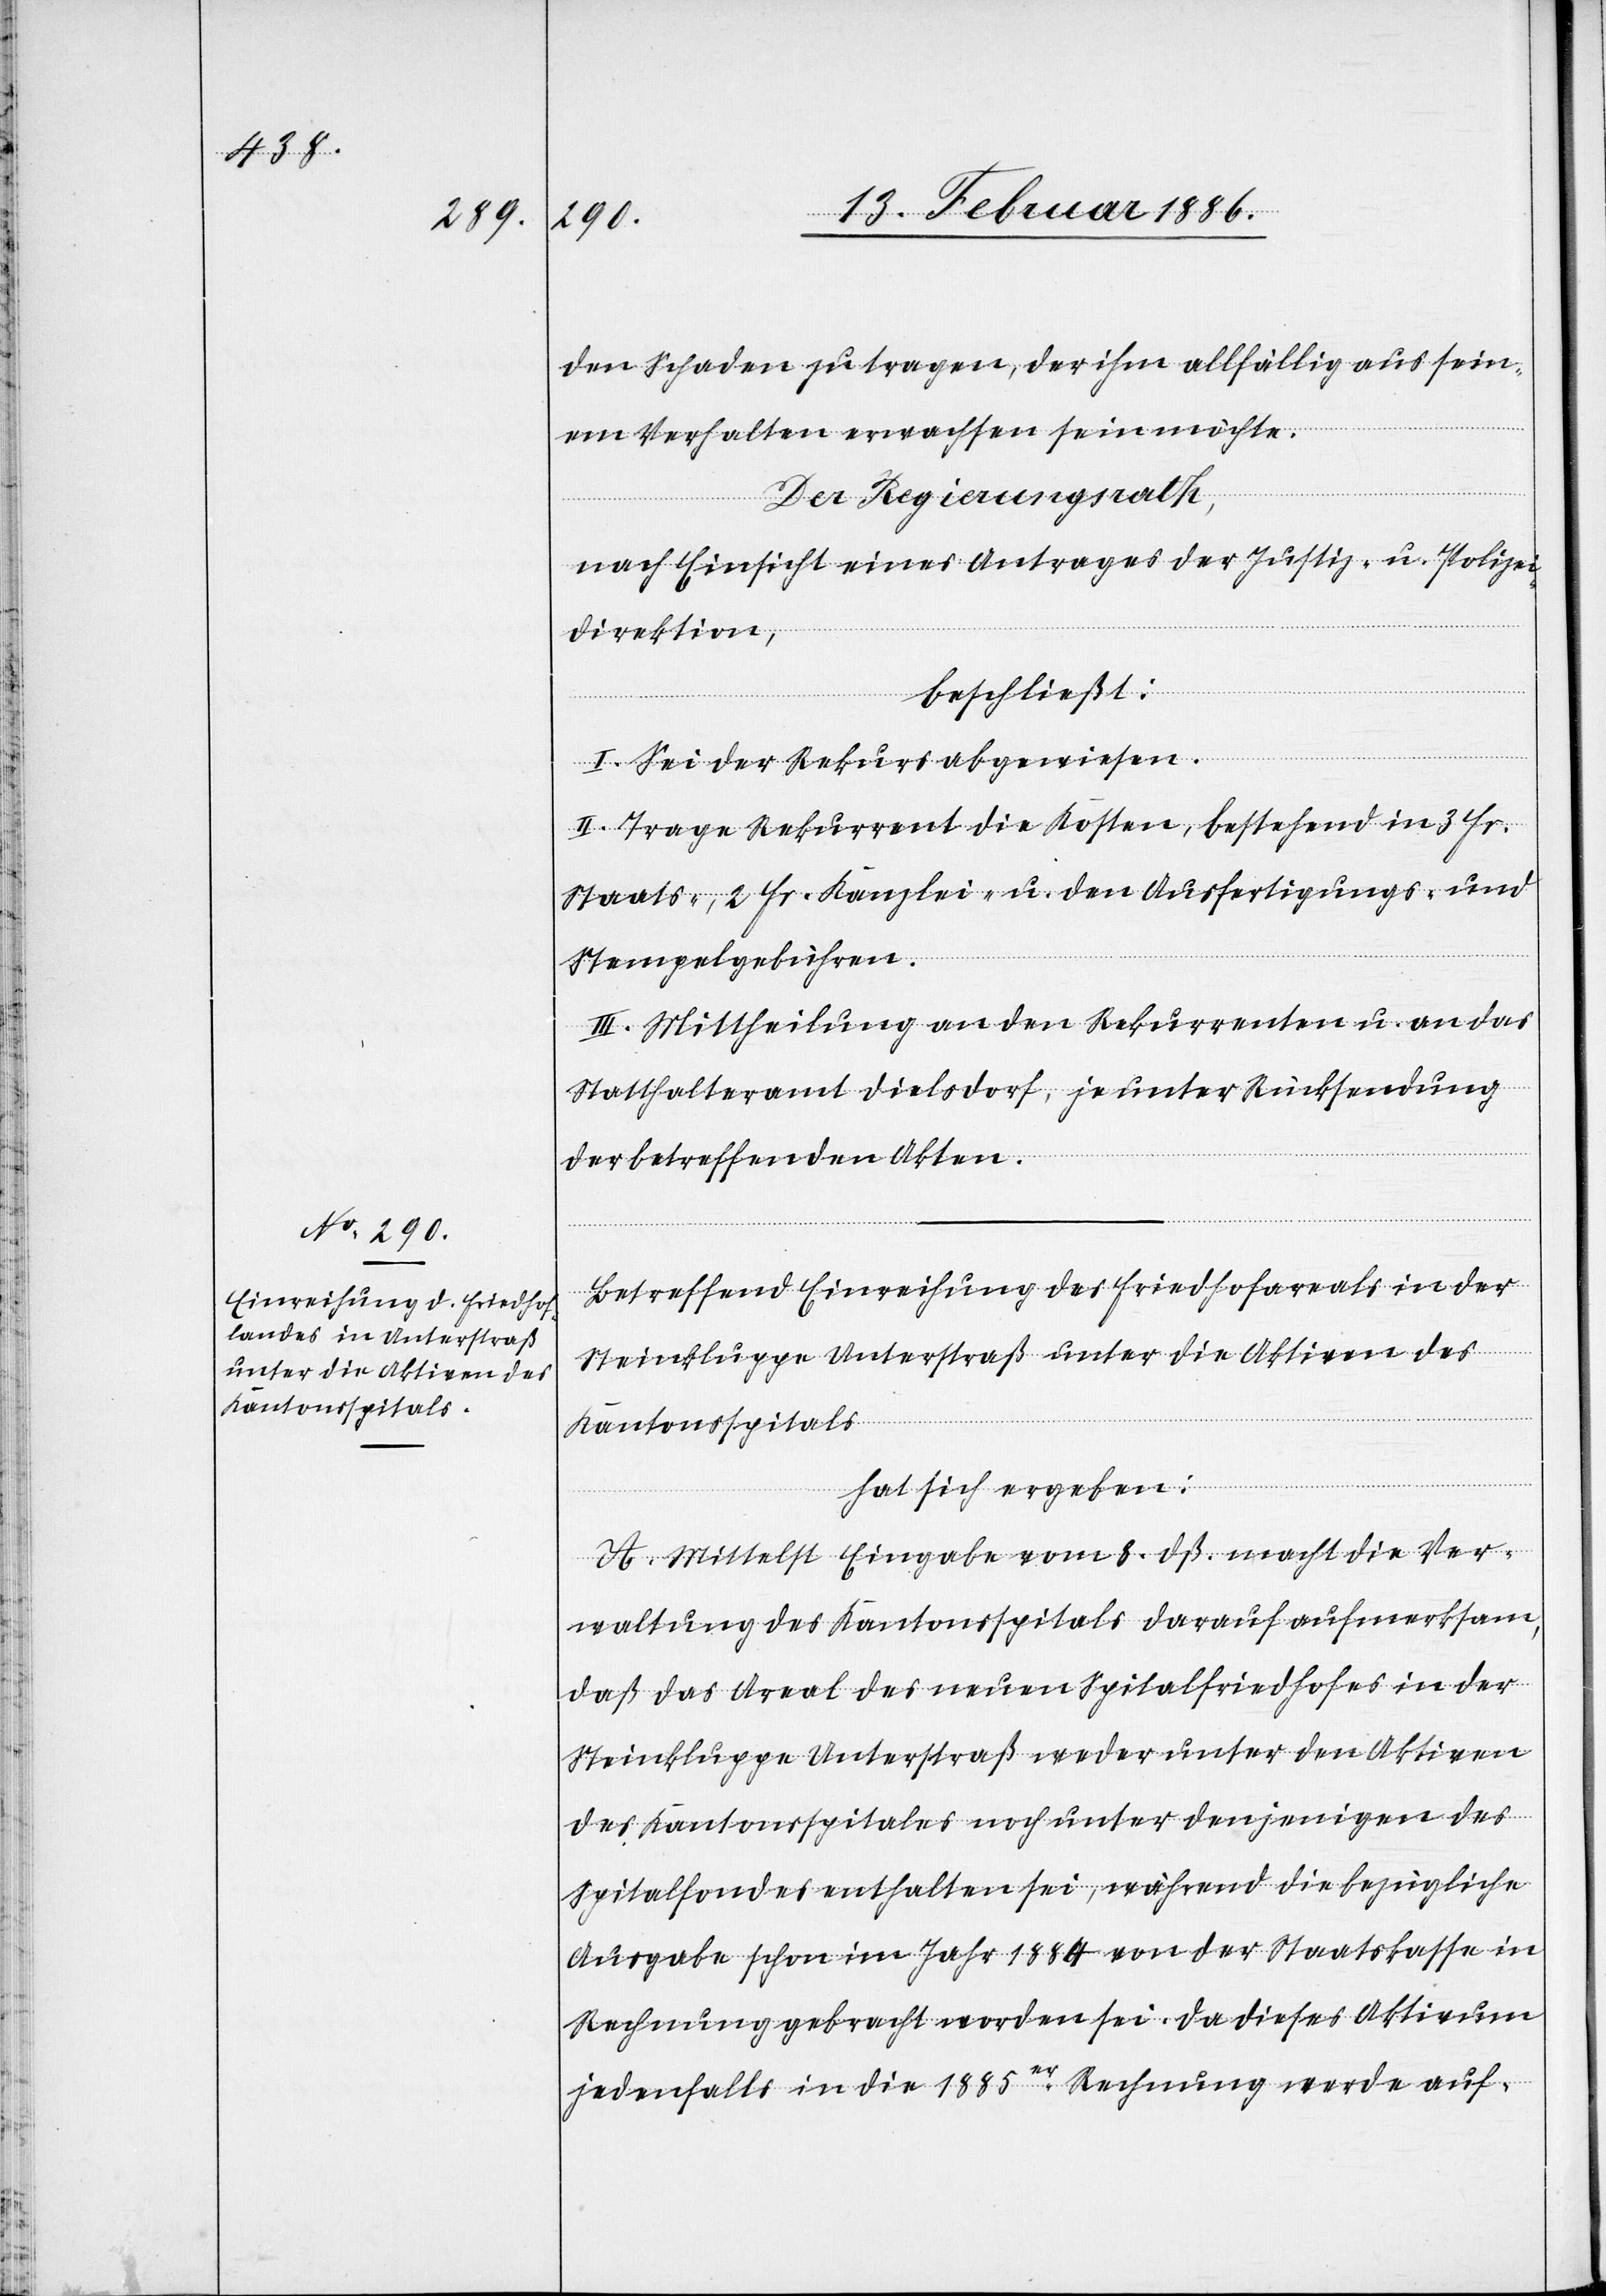
den Schaden zu tragen, der ihm allfällig aus sein¬
em Verhalten erwachsen sein möchte.
Der Regierungsrath,
nach Einsicht eines Antrages der Justiz- u. Polizei¬
direktion,
beschließt:
I. Sei der Rekurs abgewiesen.
II. Trage Rekurrent die Kosten, bestehend in 3 Fr.
Staats-, 2 Fr. Kanzlei- u. den Ausfertigungs- und
Stempelgebühren.
III. Mittheilung an den Rekurrenten u. an das
Statthalteramt Dielsdorf, je unter Rücksendung
der betreffenden Akten.
Betreffend Einreihung des Friedhofareals in der
Steinklugge Unterstraß unter die Aktiven des
Kantonsspitals
hat sich ergeben:
A. Mittelst Eingabe vom 8. dß. macht die Ver¬
waltung des Kantonsspitals darauf aufmerksam,
daß das Areal des neuen Spitalfriedhofes in der
Steinklugge Unterstraß weder unter den Aktiven
des Kantonsspitals noch unter denjenigen des
Spitalfondes enthalten sei, während die bezügliche
Ausgabe schon im Jahr 1884 von der Staatskasse in
Rechnung gebracht worden sei. Da dieses Aktivum
jedenfalls in die 1885er. Rechnung werde auf-